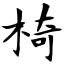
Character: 椅